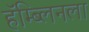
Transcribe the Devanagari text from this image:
हॅम्ब्लिनला